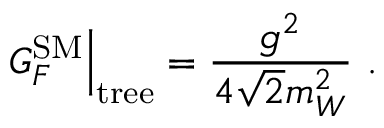
\left. G _ { F } ^ { \mathrm { S M } } \right\vert _ { \mathrm { t r e e } } = \frac { g ^ { 2 } } { 4 \sqrt { 2 } m _ { W } ^ { 2 } } \ .